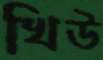
খিউ